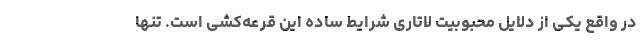
در واقع یکی از دلایل محبوبیت لاتاری شرایط ساده این قرعه‌کشی است. تنها